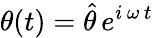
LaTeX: \theta(t)=\hat{\theta}\, e^{i\, \omega\, t}